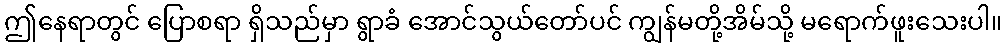
ဤနေရာတွင် ပြောစရာ ရှိသည်မှာ ရွာခံ အောင်သွယ်တော်ပင် ကျွန်မတို့အိမ်သို့ မရောက်ဖူးသေးပါ။